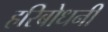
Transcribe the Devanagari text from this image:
हरिबोधनी